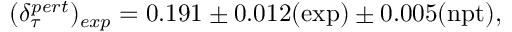
( \delta _ { \tau } ^ { p e r t } ) _ { e x p } = 0 . 1 9 1 \pm 0 . 0 1 2 ( \mathrm { e x p } ) \pm 0 . 0 0 5 ( \mathrm { n p t } ) ,